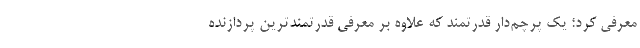
معرفی کرد؛ یک پرچم‌دار قدرتمند که علاوه بر معرفی قدرتمندترین پردازنده